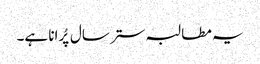
یہ مطالبہ ستر سال پُرانا ہے۔